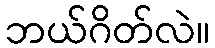
ဘယ်ဂိတ်လဲ။